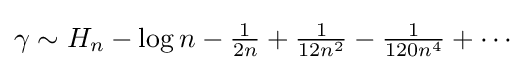
{\textstyle \gamma \sim H_{n}-\log n-{\frac {1}{2n}}+{\frac {1}{12n^{2}}}-{\frac {1}{120n^{4}}}+\cdots }